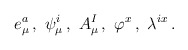
\begin{align*}e_\mu ^a\,,\ \psi _\mu ^i\,,\ A_\mu ^I\,,\ \varphi ^{x}\,,\ \lambda ^{ix}\,. \end{align*}